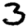
Digit: 3